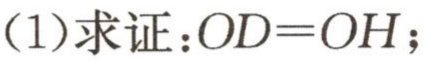
(1)求证：\(OD = OH\)；